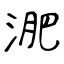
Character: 淝